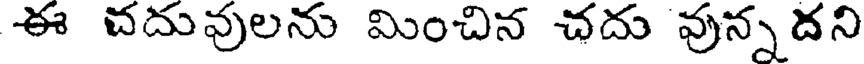
ఈ చదువులను మించిన చదు వున్నదని